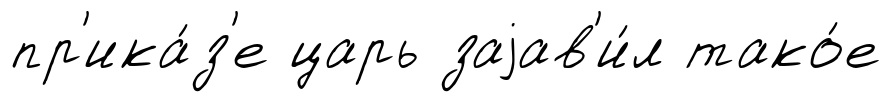
пр'ика́з'е царь заjав'и́л тако́е